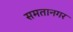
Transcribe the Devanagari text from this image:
समतानगर